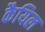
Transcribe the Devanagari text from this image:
कैयिल